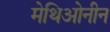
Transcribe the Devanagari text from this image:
मेथिओनीन